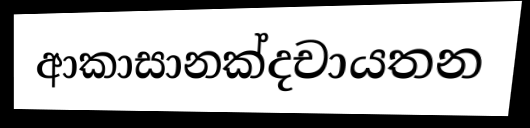
ආකාසානක්දචායතන